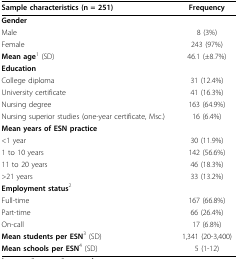
| Sample characteristics (n = 251) | Frequency |
 | --- | --- |
 | Gender |  |
 | Male | 8 (3%) |
 | Female | 243 (97%) |
 | Mean age1 (SD) | 46.1 (±8.7%) |
 | Education |  |
 | College diploma | 31 (12.4%) |
 | University certificate | 41 (16.3%) |
 | Nursing degree | 163 (64.9%) |
 | Nursing superior studies (one-year certificate, Msc.) | 16 (6.4%) |
 | Mean years of ESN practice |  |
 | <1 year | 30 (11.9%) |
 | 1 to 10 years | 142 (56.6%) |
 | 11 to 20 years | 46 (18.3%) |
 | >21 years | 33 (13.2%) |
 | Employment status2 |  |
 | Full-time | 167 (66.8%) |
 | Part-time | 66 (26.4%) |
 | On-call | 17 (6.8%) |
 | Mean students per ESN3 (SD) | 1,341 (20-3,400) |
 | Mean schools per ESN4 (SD) | 5 (1-12) |